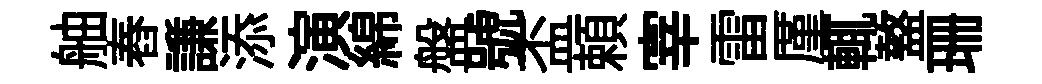
舳舂謙添演綿盤號盃頼宰雷厪輒盩珊